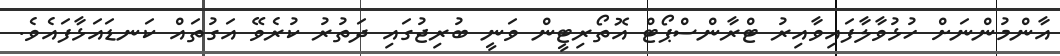
އާންމުންނަށް ހުޅުވާލާފައިވާއިރު ޓްރާންސްޕޯޓް އޮތޯރިޓީން ވަނީ ބުރިޖުގައި ދަތުރު ކުރެވޭ އަގުތައް ކަނޑައަޅާފައެވެ.